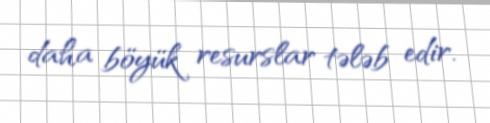
daha böyük resurslar tələb edir.